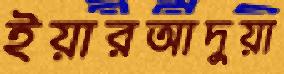
ইয়ারআদুয়া